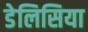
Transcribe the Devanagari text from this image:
डेलिसिया